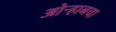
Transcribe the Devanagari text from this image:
ओऱ्हानचा